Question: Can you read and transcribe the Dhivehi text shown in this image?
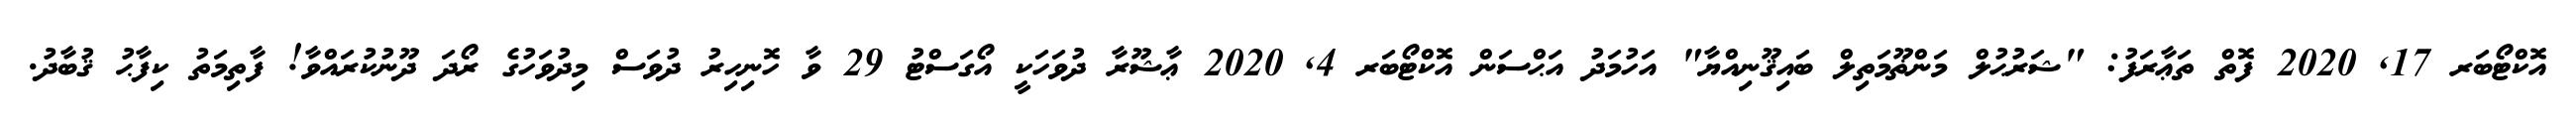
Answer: އޮކްޓޯބަރ 17, 2020 ފޮތް ތަޢާރަފު: "ޝަރުޙުލް މަންޡޫމަތިލް ބައިޤޫނިއްޔާ" އަހުމަދު އަޙްސަން އޮކްޓޯބަރ 4, 2020 ޢާޝޫރާ ދުވަހަކީ އޯގަސްޓު 29 ވާ ހޮނިހިރު ދުވަސް މިދުވަހުގެ ރޯދަ ދޫނުކުރައްވާ! ފާތިމަތު ކިފާޙު ޤުބާދު.